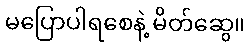
မပြောပါရစေနဲ့ မိတ်ဆွေ။